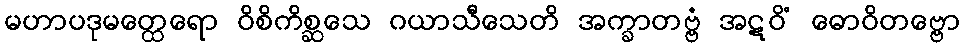
မဟာပဒုမတ္ထေရော ဝိစိကိစ္ဆသေ ဂယာသီသေတိ အက္ခာတဗ္ဗံ အဋဝိံ ဓောဝိတဗ္ဗော